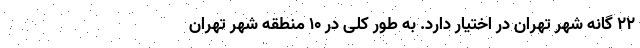
۲۲ گانه شهر تهران در اختیار دارد. به طور کلی در ۱۰ منطقه شهر تهران